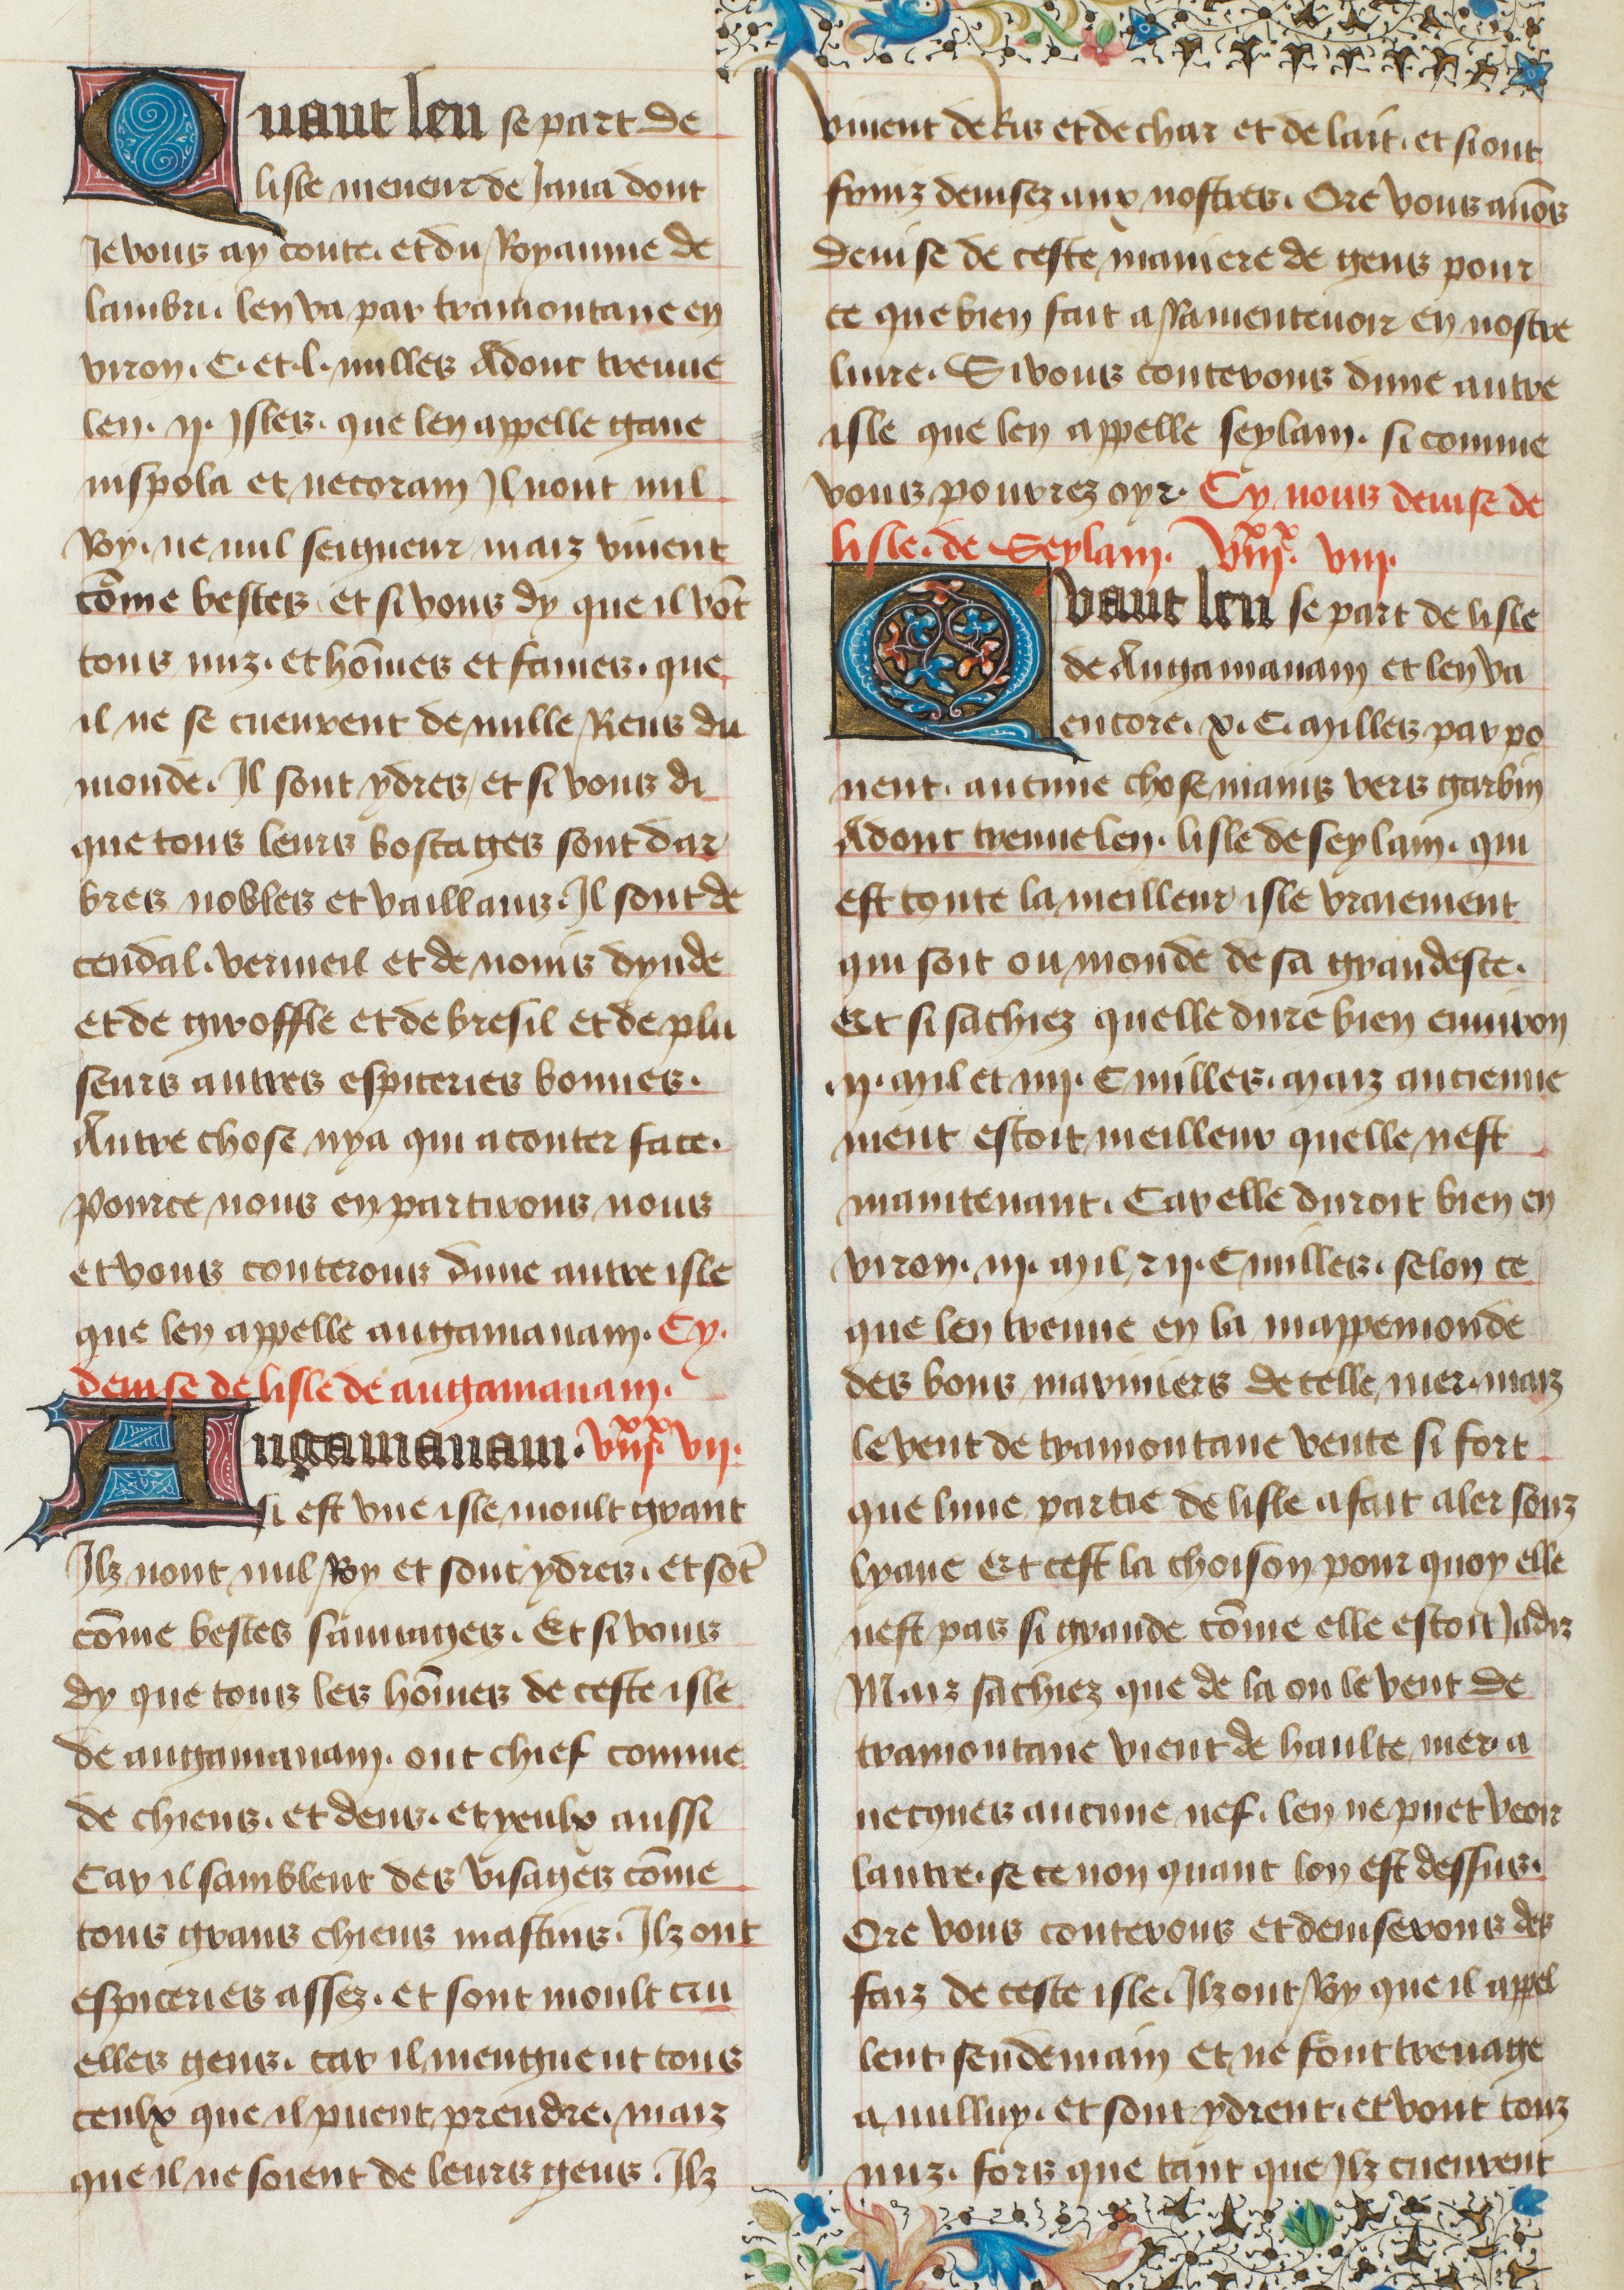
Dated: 1400–1449